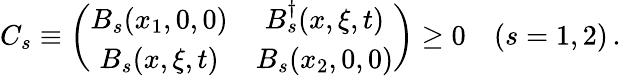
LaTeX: C_{s}\equiv\left(\begin{array}{cc}{{B_{s}(x_{1},0,0)}}&{{B_{s}^{\dagger}(x,\xi,t)}}\\ {{B_{s}(x,\xi,t)}}&{{B_{s}(x_{2},0,0)}}\end{array}\right)\geq 0\quad(s=1,2)\, .